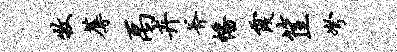
牧蓐禹卉斧幡霞筐弩